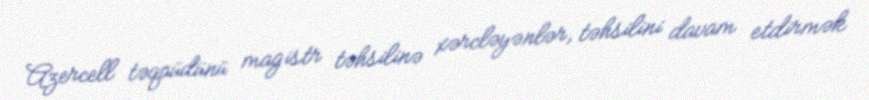
Azercell təqaüdünü magistr təhsilinə xərcləyənlər, təhsilini davam etdirmək